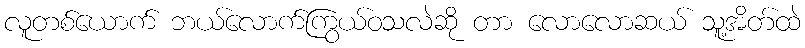
လူတစ်ယောက် ဘယ်လောက်ကြွယ်ဝသလဲဆို တာ လောလောဆယ် သူ့အိတ်ထဲ